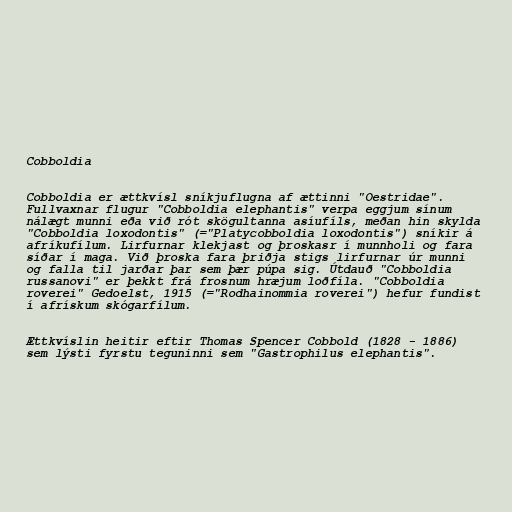
Cobboldia

Cobboldia er ættkvísl sníkjuflugna af ættinni "Oestridae".
Fullvaxnar flugur "Cobboldia elephantis" verpa eggjum sínum
nálægt munni eða við rót skögultanna asíufíls, meðan hin skylda
"Cobboldia loxodontis" (="Platycobboldia loxodontis") sníkir á
afríkufílum. Lirfurnar klekjast og þroskasr í munnholi og fara
síðar í maga. Við þroska fara þriðja stigs lirfurnar úr munni
og falla til jarðar þar sem þær púpa sig. Útdauð "Cobboldia
russanovi" er þekkt frá frosnum hræjum loðfíla. "Cobboldia
roverei" Gedoelst, 1915 (="Rodhainommia roverei") hefur fundist
í afrískum skógarfílum.

Ættkvíslin heitir eftir Thomas Spencer Cobbold (1828 - 1886)
sem lýsti fyrstu teguninni sem "Gastrophilus elephantis".